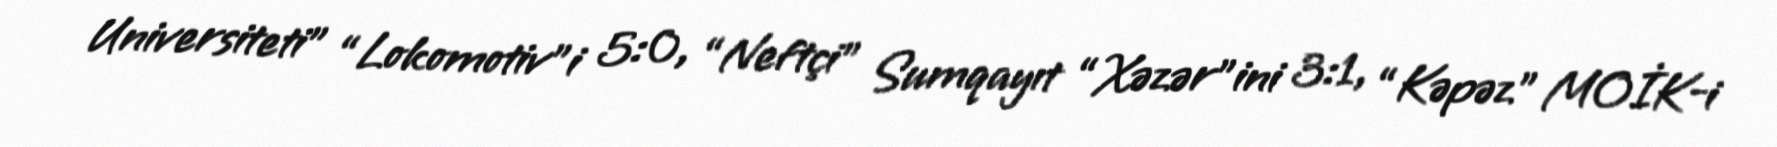
Universiteti” “Lokomotiv”i 5:0, “Neftçi” Sumqayıt “Xəzər”ini 3:1, “Kəpəz” MOİK-i